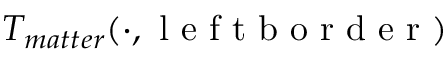
T _ { m a t t e r } ( \cdot , \mathrm { ~ l ~ e ~ f ~ t ~ b ~ o ~ r ~ d ~ e ~ r ~ } )